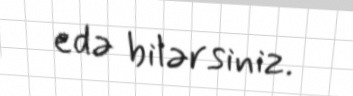
edə bilərsiniz.